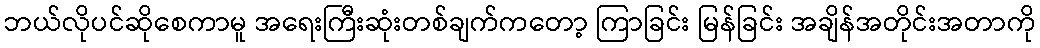
ဘယ်လိုပင်ဆိုစေကာမူ အရေးကြီးဆုံးတစ်ချက်ကတော့ ကြာခြင်း မြန်ခြင်း အချိန်အတိုင်းအတာကို